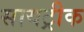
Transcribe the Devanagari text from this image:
सायट्रीक